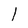
Character: l